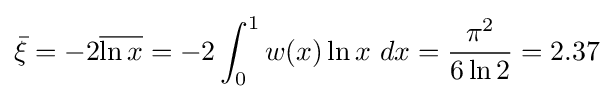
{\bar {\xi }}=-2{\overline {\ln x}}=-2\int _{0}^{1}w(x)\ln x\ dx={\frac {\pi ^{2}}{6\ln 2}}=2.37